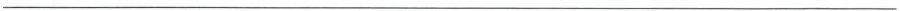
___